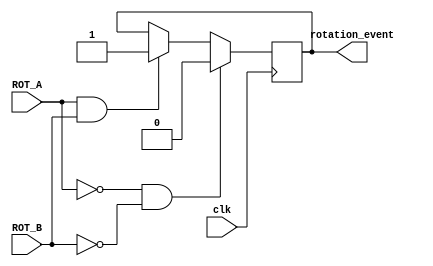
`timescale 1ns / 1ps
//////////////////////////////////////////////////////////////////////////////////
// Company: 
// Engineer: 
// 
// Design Name: 
// Module Name:    rotation_check 
// Project Name: 
// Target Devices: 
// Tool versions: 
// Description: 
//
// Dependencies: 
//
// Revision: 
// Revision 0.01 - File Created
// Additional Comments: 
//
//////////////////////////////////////////////////////////////////////////////////
module rotation_check( clk, ROT_A, ROT_B, rotation_event);
	 
	 input clk, ROT_A, ROT_B;
	 
	 output rotation_event;
	 reg rotation_event;
	 
	 always@(posedge clk) begin
		if(ROT_A && ROT_B) begin
				rotation_event <= 1;
		end
		if(!ROT_A && !ROT_B) begin
				rotation_event <= 0;
		end
	 end
endmodule